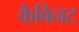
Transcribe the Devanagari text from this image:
कैबिनट